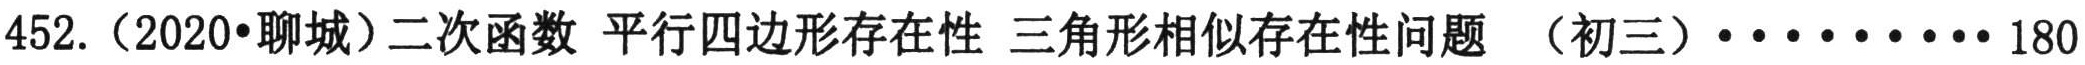
452.（2020•聊城）二次函数 平行四边形存在性 三角形相似存在性问题 （初三）···········180